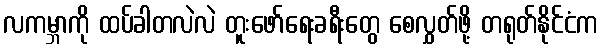
လကမ္ဘာကို ထပ်ခါတလဲလဲ တူးဖော်ရေးခရီးတွေ စေလွှတ်ဖို့ တရုတ်နိုင်ငံက